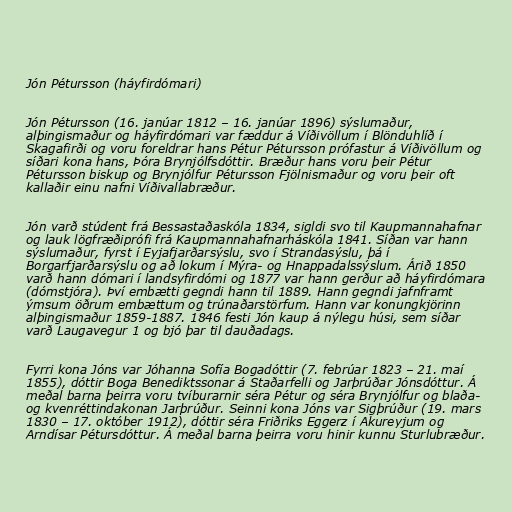
Jón Pétursson (háyfirdómari)

Jón Pétursson (16. janúar 1812 – 16. janúar 1896) sýslumaður,
alþingismaður og háyfirdómari var fæddur á Víðivöllum í Blönduhlíð í
Skagafirði og voru foreldrar hans Pétur Pétursson prófastur á Víðivöllum og
síðari kona hans, Þóra Brynjólfsdóttir. Bræður hans voru þeir Pétur
Pétursson biskup og Brynjólfur Pétursson Fjölnismaður og voru þeir oft
kallaðir einu nafni Víðivallabræður.

Jón varð stúdent frá Bessastaðaskóla 1834, sigldi svo til Kaupmannahafnar
og lauk lögfræðiprófi frá Kaupmannahafnarháskóla 1841. Síðan var hann
sýslumaður, fyrst í Eyjafjarðarsýslu, svo í Strandasýslu, þá í
Borgarfjarðarsýslu og að lokum í Mýra- og Hnappadalssýslum. Árið 1850
varð hann dómari í landsyfirdómi og 1877 var hann gerður að háyfirdómara
(dómstjóra). Því embætti gegndi hann til 1889. Hann gegndi jafnframt
ýmsum öðrum embættum og trúnaðarstörfum. Hann var konungkjörinn
alþingismaður 1859-1887. 1846 festi Jón kaup á nýlegu húsi, sem síðar
varð Laugavegur 1 og bjó þar til dauðadags.

Fyrri kona Jóns var Jóhanna Sofía Bogadóttir (7. febrúar 1823 – 21. maí
1855), dóttir Boga Benediktssonar á Staðarfelli og Jarþrúðar Jónsdóttur. Á
meðal barna þeirra voru tvíburarnir séra Pétur og séra Brynjólfur og blaða-
og kvenréttindakonan Jarþrúður. Seinni kona Jóns var Sigþrúður (19. mars
1830 – 17. október 1912), dóttir séra Friðriks Eggerz í Akureyjum og
Arndísar Pétursdóttur. Á meðal barna þeirra voru hinir kunnu Sturlubræður.